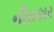
નીરાકાર